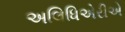
અલિધિએરીએ